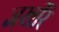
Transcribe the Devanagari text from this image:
जखीरें